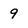
Character: 9